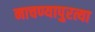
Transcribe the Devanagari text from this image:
नाचण्यापुरत्या